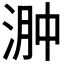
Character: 𣶴